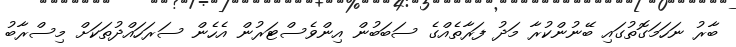
ބާރު ނަހަމަގޮތުގައި ބޭނުންކުރާ މަދު ފަރާތެއްގެ ސަބަބުން އިންވެސްޓަރުން އެހެން ސަރަހައްދުތަކަށް މިސްރާބު